Civil Veterinary Department. Central Provinces & Berar 1932-41 - 1932-1941
Year: 1932
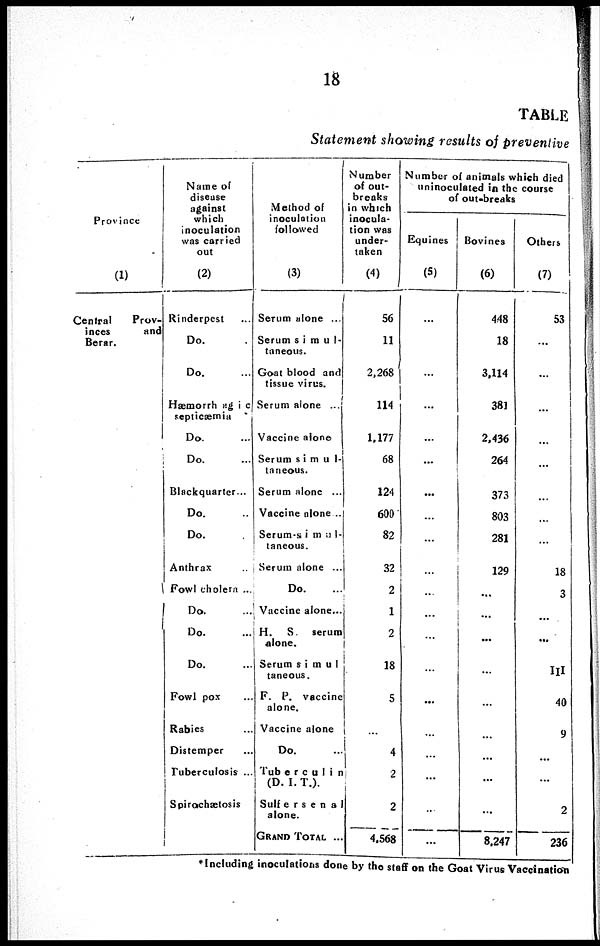
18
TABLE
Statement showing results of preventive
Province
(1)
Central
Prov-
inces
and
Berar.
Name of
disease
against
which
inoculation
was carried
out
(2)
Rinderpest ...
Do. ...
Do. ...
Hæmorrhagic
septicæmia
Do. ...
Do. ...
Blackquarter ...
Do. ...
Do. ...
Anthrax ...
Fowl cholera ...
Do. ...
Do. ...
Do. ...
Fowl pox ...
Rabies ...
Distemper ...
Tuberculosis ...
Spirochætosis
Method of
inoculation
followed
(3)
Serum alone ...
Serum simul-
taneous.
Goat blood and
tissue virus.
Serum alone ...
Vaccine alone
Serum simul-
taneous.
Serum alone ...
Vaccine alone ..
Serum-simul-
taneous.
Serum alone ...
Do.
...
Vaccine alone...
H. S. serum
alone.
Serum simul
taneous.
F. P. vaccine
alone.
Vaccine alone
Do.
Tuberculin
(D.I.T.).
Sulfersenal
alone.
GRAND TOTAL ...
Number
of out-
breaks
in which
inocula-
tion was
under-
taken
(4)
56
11
2,268
114
1,177
68
124
600
82
32
2
1
2
18
5
...
4
2
2
4,568
Number of animals which died
uninoculated in the course
of out-breaks
Equines
(5)
...
...
...
...
...
...
...
...
...
...
...
...
...
...
...
...
...
...
...
Bovines
(6)
448
18
3,114
381
2,436
264
373
803
281
129
...
...
...
...
...
...
...
...
...
8,247
Others
(7)
53
...
...
...
...
...
...
...
...
18
3
...
...
III
40
9
...
...
2
236
*Including inoculations done by the staff on the Goat Virus Vaccination